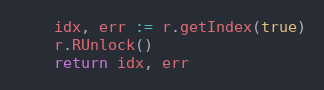
Language: Go
	idx, err := r.getIndex(true)
	r.RUnlock()
	return idx, err